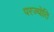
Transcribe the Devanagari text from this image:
परज्योति